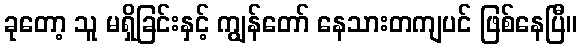
ခုတော့ သူ မရှိခြင်းနှင့် ကျွန်တော် နေသားတကျပင် ဖြစ်နေပြီ။